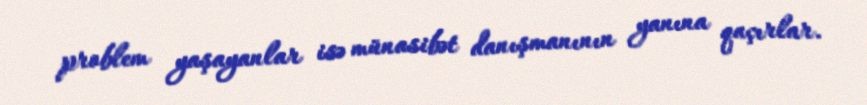
problem yaşayanlar isə münasibət danışmanının yanına qaçırlar.